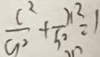
\frac { c ^ { 2 } } { a ^ { 2 } } + \frac { x ^ { 2 } } { b ^ { 2 } } = 1